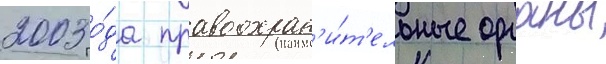
2003 го́да правоохран'и́т'ельные органы